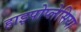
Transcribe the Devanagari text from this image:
हाइपोप्लेसिया